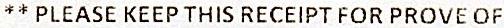
** PLEASE KEEP THIS RECEIPT FOR PROVE OF